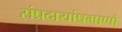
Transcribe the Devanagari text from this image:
संप्रदायांप्रमाणो